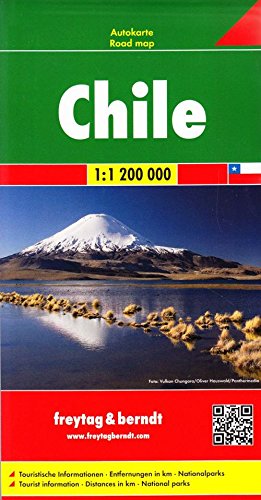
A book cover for Chile : 1:1 200 000 : road map = Chile : 1:1 200 000 : autokarte; Freytag-Berndt und Artaria; Travel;